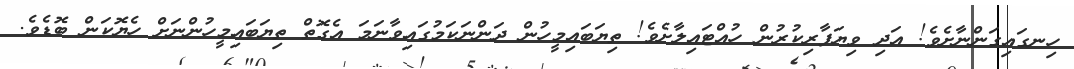
ހިނގައިގަންނާށެވެ! އަދި ވިޔަފާރިކުރުން ހުއްޓައިލާށެވެ! ތިޔަބައިމީހުން ދަންނަކަމުގައިވާނަމަ އެގޮތް ތިޔަބައިމީހުންނަށް ހެޔޮކަން ބޮޑެވެ.